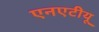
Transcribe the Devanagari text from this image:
एनएटीयू